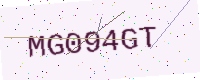
Text: MG094GT